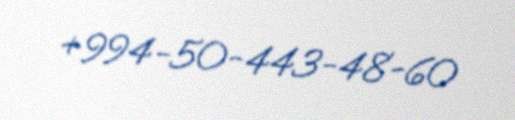
+994-50-443-48-60